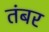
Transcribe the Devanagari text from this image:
तंबर